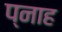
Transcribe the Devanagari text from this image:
प्नाह